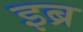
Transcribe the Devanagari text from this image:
इब्र